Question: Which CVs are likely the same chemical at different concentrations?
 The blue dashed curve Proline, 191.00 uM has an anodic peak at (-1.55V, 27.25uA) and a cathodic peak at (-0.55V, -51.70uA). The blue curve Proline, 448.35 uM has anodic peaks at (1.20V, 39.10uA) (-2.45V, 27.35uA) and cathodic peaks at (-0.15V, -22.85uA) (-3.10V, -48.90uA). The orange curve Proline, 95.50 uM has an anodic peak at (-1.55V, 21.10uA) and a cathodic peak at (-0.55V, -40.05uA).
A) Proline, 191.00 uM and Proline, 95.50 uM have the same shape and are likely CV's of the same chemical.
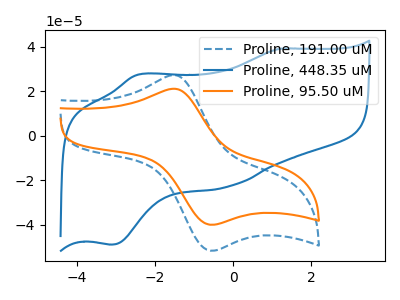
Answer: <think>"Proline, 191.00 uM" and "Proline, 448.35 uM" have a different number of peaks. All the peaks in "Proline, 191.00 uM" have a peak in "Proline, 95.50 uM" at the same potential. Every peak in "Proline, 191.00 uM" is higher than every peak in "Proline, 95.50 uM". "Proline, 448.35 uM" and "Proline, 95.50 uM" have a different number of peaks.
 </think>
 <answer>A) "Proline, 191.00 uM" and "Proline, 95.50 uM" have the same shape and are likely CV's of the same chemical.</answer>
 <eval>A</eval>